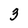
Character: 3